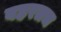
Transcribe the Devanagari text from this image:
बहरतच